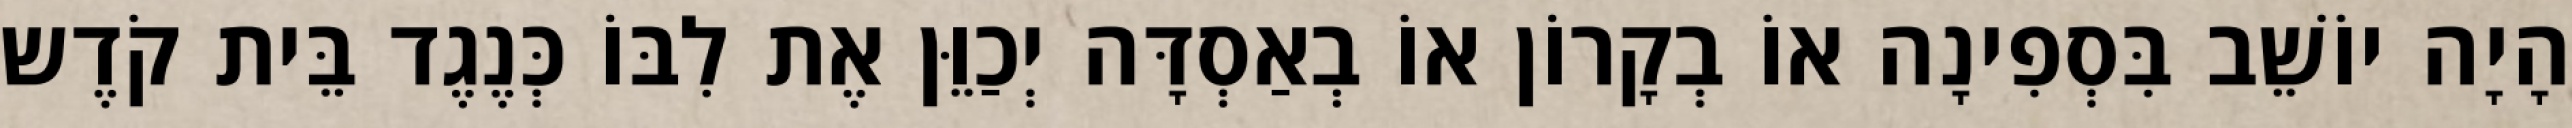
הָיָה יוֹשֵׁב בִּסְפִינָה אוֹ בְקָרוֹן אוֹ בְאַסְדָּה יְכַוֵּן אֶת לִבּוֹ כְּנֶגֶד בֵּית קֹדֶש